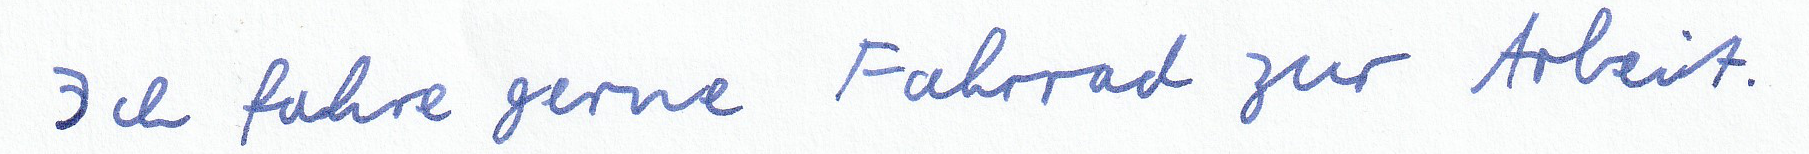
Ich fahre gerne Fahrrad zur Arbeit.